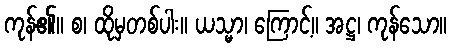
ကုန်၏။ စ၊ ထိုမှတစ်ပါး။ ယသ္မာ၊ ကြောင့်။ အဋ္ဌ၊ ကုန်သော။